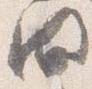
間